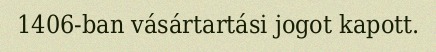
1406-ban vásártartási jogot kapott.